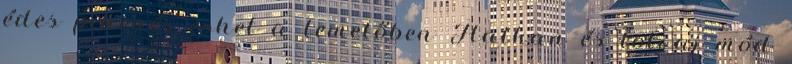
édes pihenés eshet a temetőben Halkan és tolvaj mód